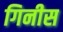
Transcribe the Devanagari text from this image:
गिनीस